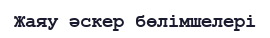
Жаяу әскер бөлімшелері